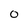
Character: 0